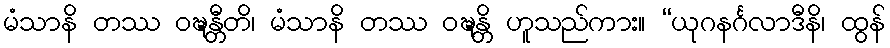
မံသာနိ တဿ ဝဍ္ဎန္တီတိ၊ မံသာနိ တဿ ဝဍ္ဎန္တိ ဟူသည်ကား။ “ယုဂနင်္ဂလာဒီနိ၊ ထွန်